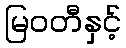
မြဝတီနှင့်